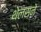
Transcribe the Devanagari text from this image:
थेलसने